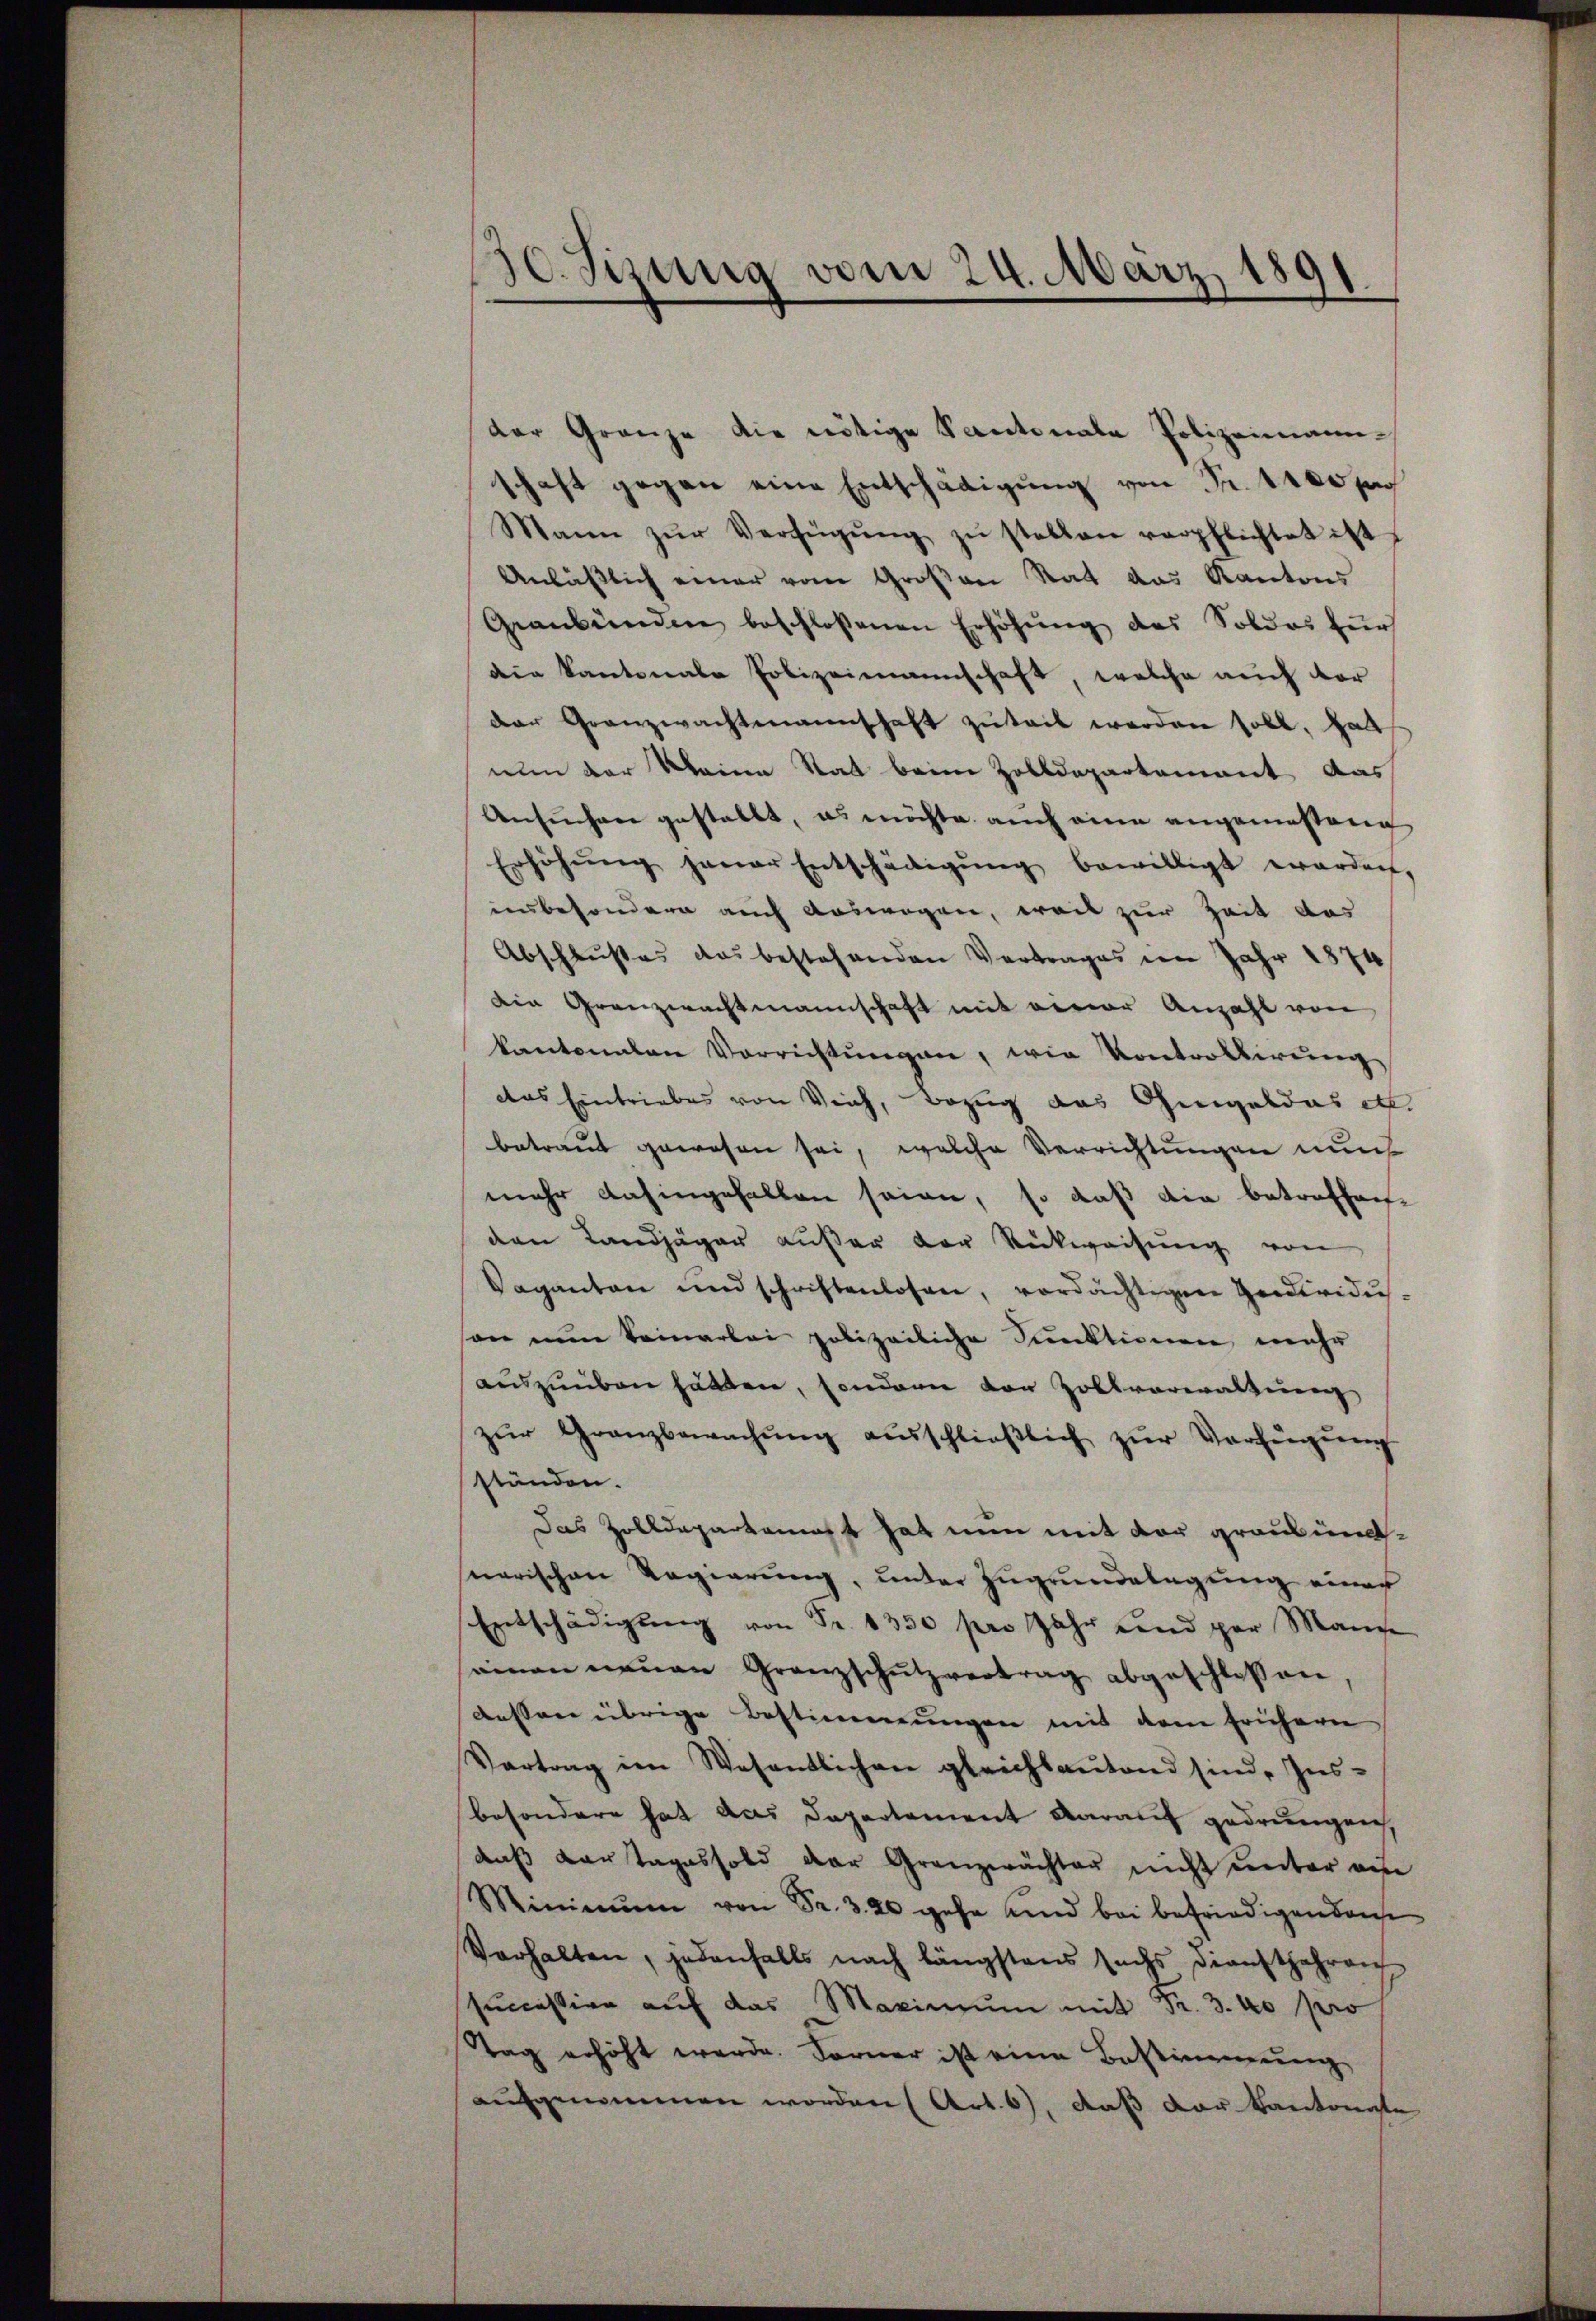
¬
10. Sizung vom 24. März 191
.

Der Gränze die nötige Santenate Polizeimann-
schaft gegen eine Entschädigung von Fr. 1100 p
Mann zŭr Verfügŭng zŭ stellen verpflichtet ist
Anlässlich einer vom Großen Rat das Kantons
Graubünden beschlossenen Erhöhŭng des Soldes für
den Kantonale Polizeimannschaft, welche auch der
der Granzwachtmannschaft zuteil werden soll, hatt
nun der Kleine Rat beim Zolldepartement das
Ansuchen gestellt, es möchte auch eine angemessene
Erhöhŭng jener Entschädigŭng bewilligt worden,
insbesondern auch auswegen, weil zur Zeit das
Abschlusses das bestehenden Vertrages im Jahr 1874
die Granzwachtmannschaft mit einer Anzahl von
kantonalen Vorrichtungen, wie Kontrollirung
das Eintriebes von Weich, Bezug das Gugeldes etc.
betraut gewesen sei, welche Verrichtungen nun
mehr dahingefallen seien, so daß die betreffen.
den Landjäger außer der Rückweisung von
Vaganten und schriftenlosen, verdächtigen Gedividusson nun keinerlei polizeiliche Funktionen mehr
auszuüben hätten, sondern der Zollverwaltung
zŭr Granzbewachŭng aŭsschlieβlich zŭr Verfügŭng
ständen.
Das Zolldepartamast hat nun mit der graubündnerischen Regierung, unter Zugrundelegung einer
Entschädigŭng von Fr. 1350 pro Jahr und par Manche
seinen neuen Granzschutzvertrag abgeschlossen,
dessene übrige Bestimmungen mit dem frühern
Vortrag im Wesentlichen gleichbautend sind, Insbesondere hat das Departement darauf gedrungen,
daß Kartageshold der Granzwächter nicht ŭnter ein
Minimum von Fr. 320 gehe und bei befriedigen dense
Verhalten, jedenfalls nach längstens sechs dienstjahren
succession auf das Maximum mit Fr. 3.40 pro
Tag erhöht werde. Forner ist eine Bestimmung
aufgenommen worden (Art. 6), daß der Kantonate